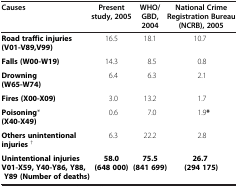
<table><thead><tr><td><b>Causes</b></td><td><b>Present study, 2005</b></td><td><b>WHO/ GBD, 2004</b></td><td><b>National Crime Registration Bureau (NCRB), 2005</b></td></tr></thead><tbody><tr><td><b>Road traffic injuries (V01-V89,V99)</b></td><td>16.5</td><td>18.1</td><td>10.7</td></tr><tr><td><b>Falls (W00-W19)</b></td><td>14.3</td><td>8.5</td><td>0.8</td></tr><tr><td><b>Drowning (W65-W74)</b></td><td>6.4</td><td>6.3</td><td>2.1</td></tr><tr><td><b>Fires (X00-X09)</b></td><td>3.0</td><td>13.2</td><td>1.7</td></tr><tr><td><b>Poisoning</b>* <b>(X40-X49)</b></td><td>0.6</td><td>7.0</td><td>1.9<b>*</b></td></tr><tr><td><b>Others unintentional injuries</b><sup>†</sup></td><td>6.3</td><td>22.2</td><td>2.8</td></tr><tr><td><b>Unintentional injuries V01-X59, Y40-Y86, Y88, Y89 (Number of deaths)</b></td><td><b>58.0 (648 000)</b></td><td><b>75.5 (841 699)</b></td><td><b>26.7 (294 175)</b></td></tr></tbody></table>